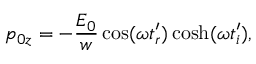
p _ { 0 z } = - \frac { E _ { 0 } } { w } \cos ( \omega t _ { r } ^ { \prime } ) \cosh ( \omega t _ { i } ^ { \prime } ) ,